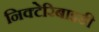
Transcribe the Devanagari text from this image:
निक्टेरिबाइडी